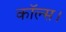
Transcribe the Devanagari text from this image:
कॉल्‍स।